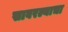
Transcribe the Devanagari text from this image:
सावरल्याचा